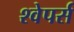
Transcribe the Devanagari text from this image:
श्वेपर्स